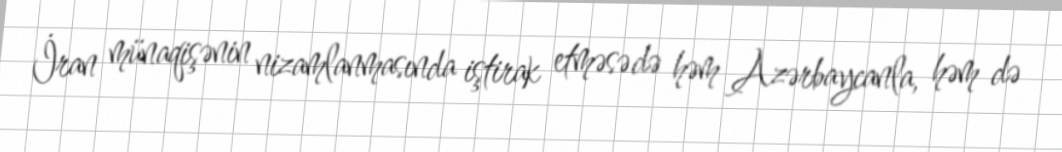
İran münaqişənin nizamlanmasında iştirak etməsə də həm Azərbaycanla, həm də